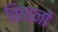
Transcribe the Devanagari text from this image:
वितानों